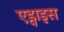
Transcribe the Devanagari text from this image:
एड्वाइस